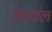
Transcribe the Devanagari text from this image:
बेट्रावल